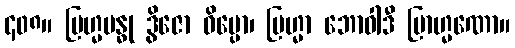
၄၀၈။ ဗြဟ္မဗန္ဓု ဒွိဇော ဝိပ္ပော၊ ဗြဟ္မာ ဘောဝါဒီ ဗြာဟ္မဏော။